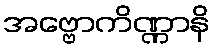
အဗ္ဗောကိဏ္ဏာနိ